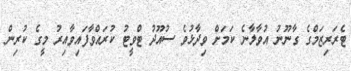
ޓެރަރިޒަމްގެ ގާނޫނު އުވާލާނެ ކަމަށް ވިދާޅުވެ ސުއޫދު ޓްވީޓު ކުރައްވާފައިވާއިރު މީގެ ކުރިން